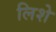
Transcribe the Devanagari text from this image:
लिशे